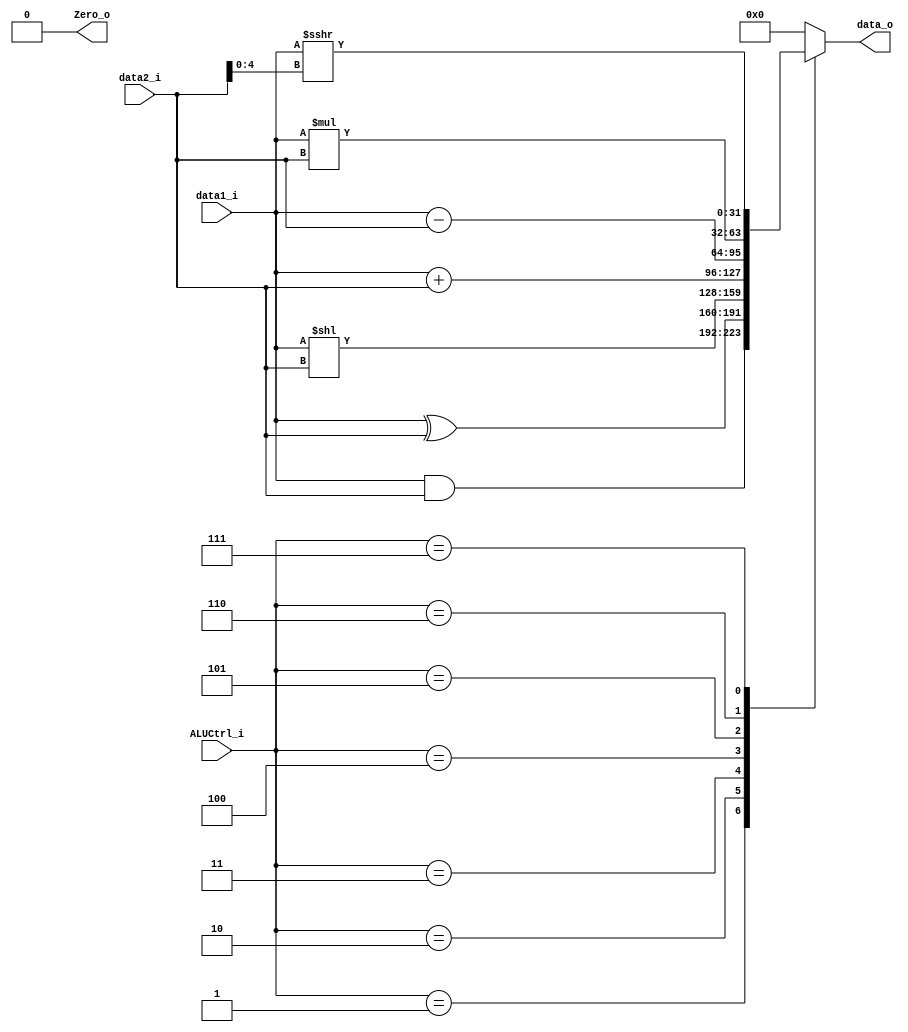
module ALU
(
    data1_i,
    data2_i,
    ALUCtrl_i,
    data_o,
    Zero_o
);

// Ports
input signed [31:0]   data1_i, data2_i;
input        [2:0]    ALUCtrl_i;
output       [31:0]   data_o;
output                Zero_o;

// Wires & Registers
reg          [31:0]   data_o;
reg                   Zero_o;
integer outfile;
/*
and: 001
xor: 010
sll: 011
add: 100
sub: 101
mul: 110
addi: 100
srai: 111   // arithmetic sign bit
nop: 000
*/

always@(data1_i or data2_i or ALUCtrl_i) begin
	Zero_o = 1'b0;
	case(ALUCtrl_i)
		3'b001: data_o <= data1_i & data2_i; // and
		3'b010: data_o <= data1_i ^ data2_i; // xor
		3'b011: data_o <= data1_i << data2_i; // sll
    3'b100: data_o <= data1_i + data2_i; // add, addi, sw, lw
		3'b101: data_o <= data1_i - data2_i; // sub
		3'b110: data_o <= data1_i * data2_i; // mul
    3'b111: data_o <= data1_i >>> data2_i[4:0]; // srai
	default: data_o <= 32'd0; // nop
	endcase
end

endmodule